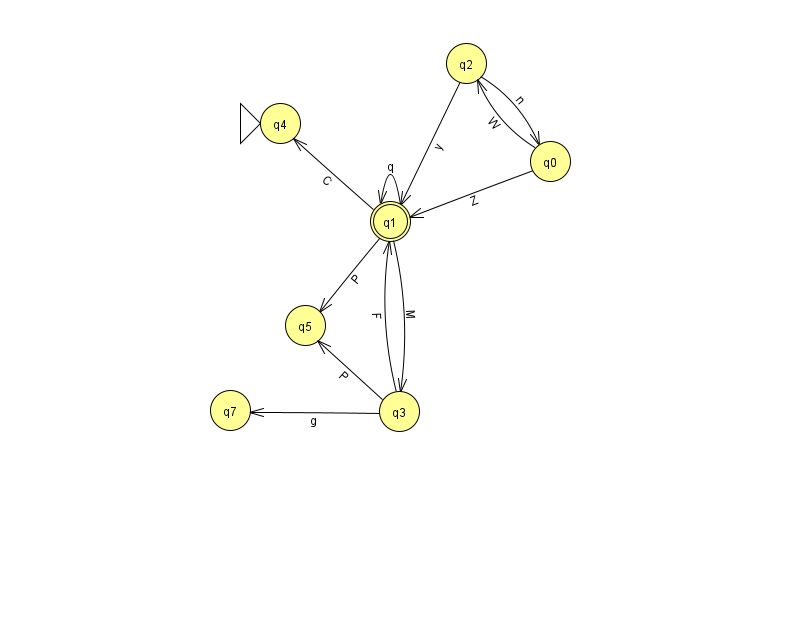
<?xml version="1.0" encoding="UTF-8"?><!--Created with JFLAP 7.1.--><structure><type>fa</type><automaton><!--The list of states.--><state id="0" name="q0"><x>550.0</x><y>148.0</y></state><state id="1" name="q1"><x>390.0</x><y>208.0</y><final/></state><state id="2" name="q2"><x>466.0</x><y>50.0</y></state><state id="3" name="q3"><x>399.0</x><y>398.0</y></state><state id="4" name="q4"><x>280.0</x><y>110.0</y><initial/></state><state id="5" name="q5"><x>305.0</x><y>312.0</y></state><state id="7" name="q7"><x>230.0</x><y>397.0</y></state><!--The list of transitions.--><transition><from>1</from><to>1</to><read>q</read></transition><transition><from>3</from><to>7</to><read>g</read></transition><transition><from>1</from><to>3</to><read>M</read></transition><transition><from>2</from><to>0</to><read>n</read></transition><transition><from>0</from><to>1</to><read>Z</read></transition><transition><from>3</from><to>5</to><read>P</read></transition><transition><from>1</from><to>5</to><read>P</read></transition><transition><from>2</from><to>1</to><read>y</read></transition><transition><from>3</from><to>1</to><read>F</read></transition><transition><from>0</from><to>2</to><read>W</read></transition><transition><from>1</from><to>4</to><read>C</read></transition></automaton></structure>